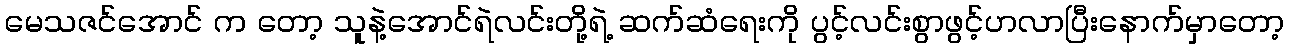
မေသဇင်အောင် က တော့ သူနဲ့အောင်ရဲလင်းတို့ရဲ့ ဆက်ဆံရေးကို ပွင့်လင်းစွာဖွင့်ဟလာပြီးနောက်မှာတော့